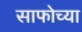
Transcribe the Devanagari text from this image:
साफोच्या